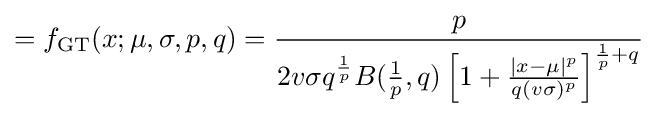
=f_{\text{GT}}(x;\mu ,\sigma ,p,q)={\frac {p}{2v\sigma q^{\frac {1}{p}}B({\frac {1}{p}},q)\left[1+{\frac {\left|x-\mu \right|^{p}}{q(v\sigma )^{p}}}\right]^{{\frac {1}{p}}+q}}}